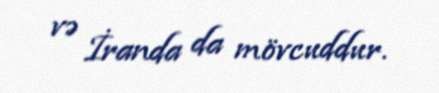
və İranda da mövcuddur.